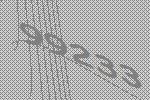
99233